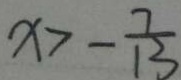
x > - \frac { 7 } { 1 3 }